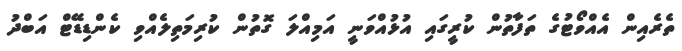
ތެރެއިން އެއްވޯޓުގެ ތަފާތުން ކުރީގައި އުޅުއްވަނީ އަމިއްލަ ގޮތުން ކުރިމަތިލެއްވި ކެންޑިޑޭޓް އަބްދު